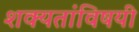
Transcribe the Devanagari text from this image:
शक्यतांविषयी